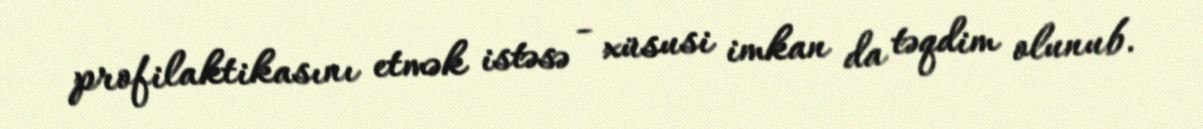
profilaktikasını etmək istəsə - xüsusi imkan da təqdim olunub.